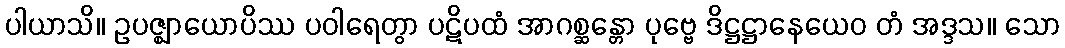
ပါယာသိ။ ဥပဇ္ဈာယောပိဿ ပဝါရေတွာ ပဋိပထံ အာဂစ္ဆန္တော ပုဗ္ဗေ ဒိဋ္ဌဋ္ဌာနေယေဝ တံ အဒ္ဒသ။ သော